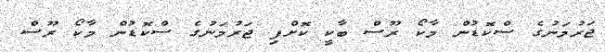
ޖަރުމަނުގެ ސްކޮޑުން މާކޯ ރޫސް ބާކީ ކޮށްފި ޖަރުމަނުގެ ސްކޮޑުން މާކޯ ރޫސް